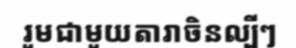
រួមជាមួយតារាចិនល្បីៗ